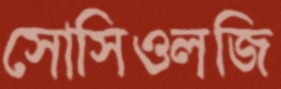
সোসিওলজি